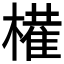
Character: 𫞐